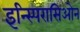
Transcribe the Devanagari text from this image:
इन्स्पिरासिओन